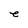
Character: e